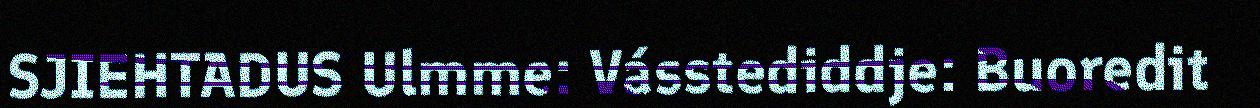
SJIEHTADUS Ulmme: Vásstediddje: Buoredit